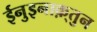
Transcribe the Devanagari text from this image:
ईनुइनाक़्तुन